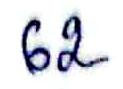
62